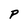
Character: P